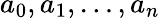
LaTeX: a_{0},a_{1},\dots,a_{n}